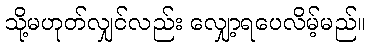
သို့မဟုတ်လျှင်လည်း လျှော့ရပေလိမ့်မည်။